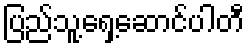
ပြည်သူ့ရှေ့ဆောင်ပါတီ